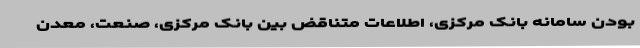
بودن سامانه بانک ‌مرکزی، اطلاعات متناقض بین بانک مرکزی، صنعت، معدن